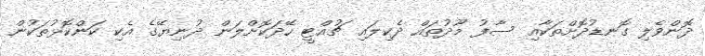
ދޮންވެލި ގޮނޑުދޮށްތަކާއި ސާފު މޫދުތައް ދެކިލައި ޗުއްޓީ ހޭދަކޮށްލަން ދުނިޔޭގެ އެކި ކަންކޮޅުތަކުން